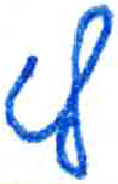
אות: ץ